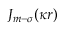
J _ { m - \sigma } ( \kappa r )